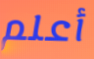
أعلم